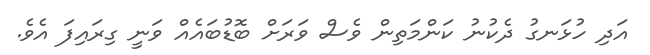
އަދި ހުޅަނގު ދެކުނު ކަންމަތިން ވެސް ވަރަށް ބޮޑުބައެއް ވަނީ ގިރައިފަ އެވެ.